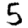
Digit: 5